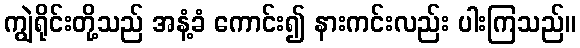
ကျွဲရိုင်းတို့သည် အနံ့ခံ ကောင်း၍ နားကင်းလည်း ပါးကြသည်။